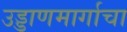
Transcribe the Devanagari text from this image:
उड्डाणमार्गाचा